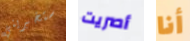
ستخبريني أصريت أنا